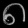
Digit: ၈